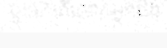
ឬទេ? តើលោកអ្នកដឹង